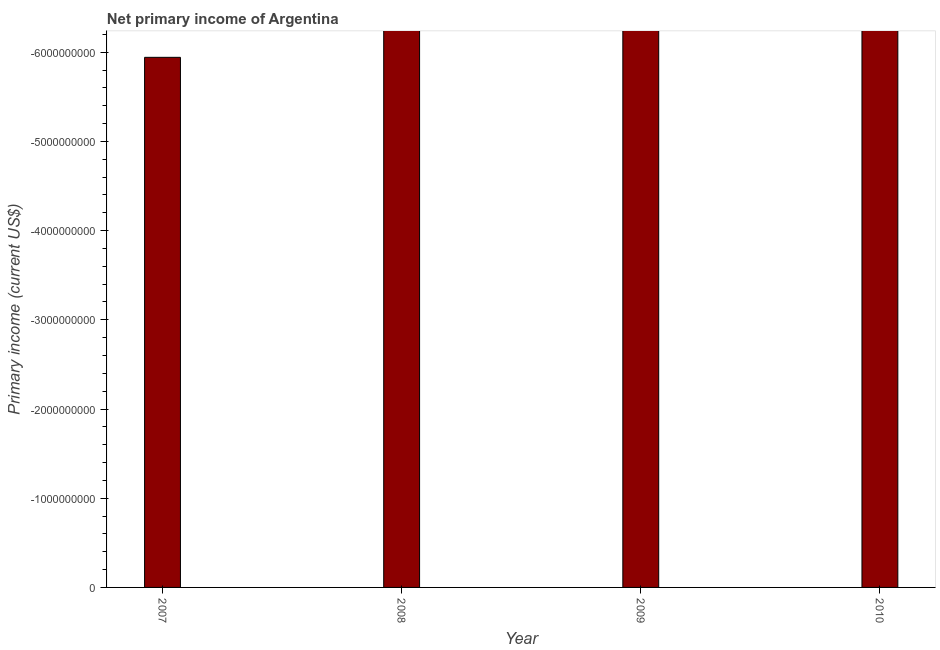
| Year | Net primary income |
 | --- | --- |
 | 2007 | -5.94e+09 |
 | 2008 | -7.55e+09 |
 | 2009 | -8.96e+09 |
 | 2010 | -1.13e+10 |